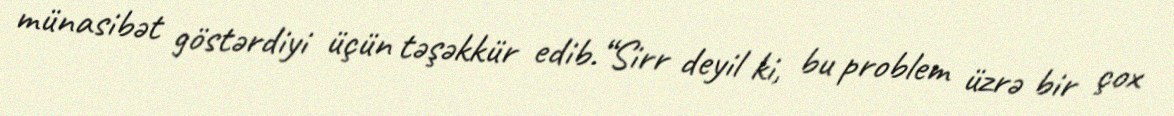
münasibət göstərdiyi üçün təşəkkür edib.“Sirr deyil ki, bu problem üzrə bir çox